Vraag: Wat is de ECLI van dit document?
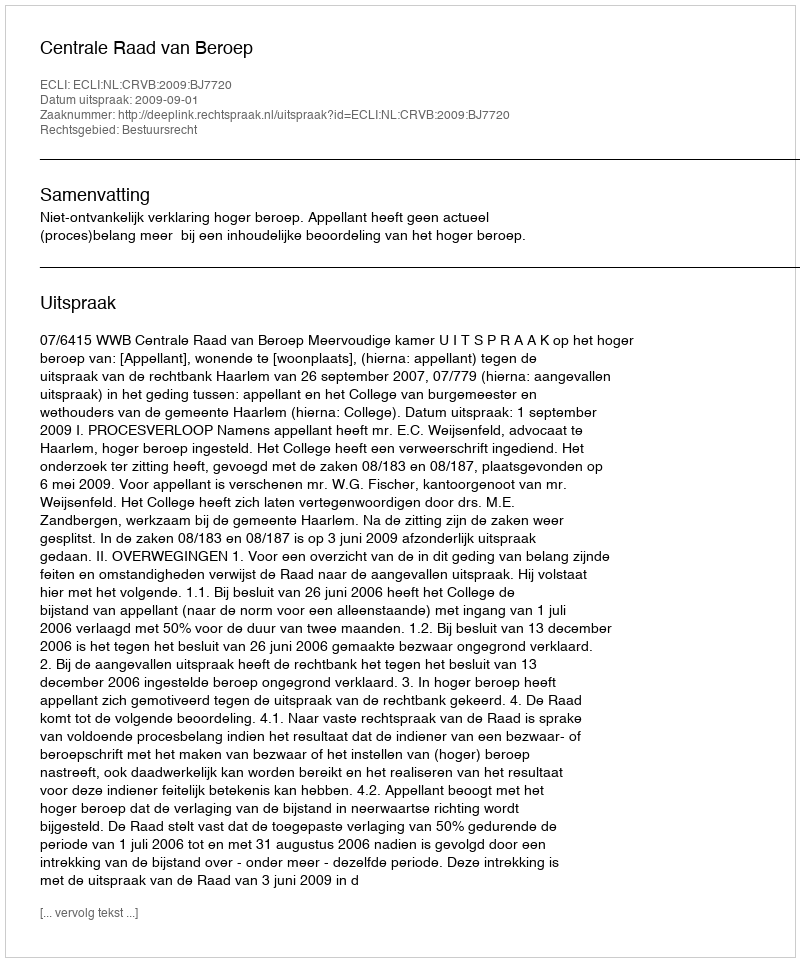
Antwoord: ECLI:NL:CRVB:2009:BJ7720